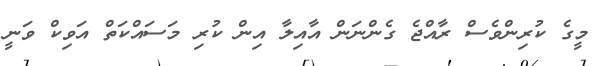
މީގެ ކުރިންވެސް ރާއްޖެ ގެންނަން އާއިލާ އިން ކުރި މަސައްކަތް އަވިކް ވަނީ